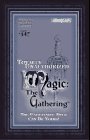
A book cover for Totally Unauthorized Magic: The Gathering (The Unbeatable Deck Can Be Yours!); BradyGames; Science Fiction & Fantasy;